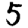
Digit: 5